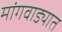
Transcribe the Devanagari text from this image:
मांगवाड्यात